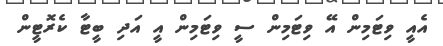
އެއީ ވިޓަމިން އޭ ވިޓަމިން ސީ ވިޓަމިން އީ އަދި ބީޓާ ކެރޮޓީން